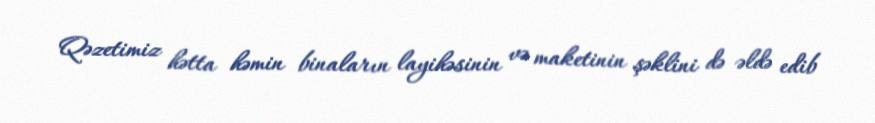
Qəzetimiz hətta həmin binaların layihəsinin və maketinin şəklini də əldə edib